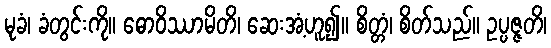
မုခံ၊ ခံတွင်းကို။ ဓောဝိဿာမိတိ၊ ဆေးအံ့ဟူ၍။ စိတ္တံ၊ စိတ်သည်။ ဥပ္ပဇ္ဇတိ၊